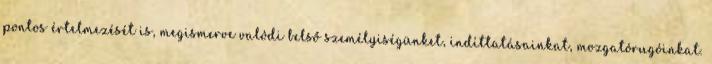
pontos értelmezését is, megismerve valódi belső személyiségünket, indíttatásainkat, mozgatórugóinkat.